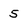
Character: 5